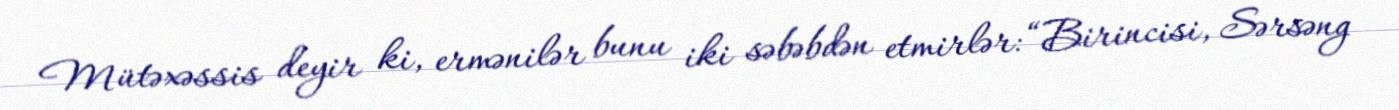
Mütəxəssis deyir ki, ermənilər bunu iki səbəbdən etmirlər: “Birincisi, Sərsəng